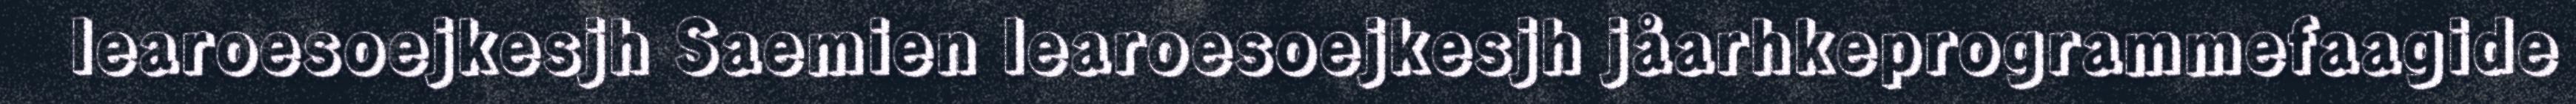
learoesoejkesjh Saemien learoesoejkesjh jåarhkeprogrammefaagide